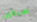
سيكون